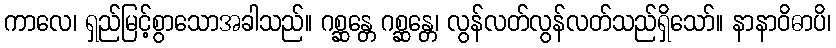
ကာလေ၊ ရှည်မြင့်စွာသောအခါသည်။ ဂစ္ဆန္တေ ဂစ္ဆန္တေ၊ လွန်လတ်လွန်လတ်သည်ရှိသော်။ နာနာဝိဓာပိ၊